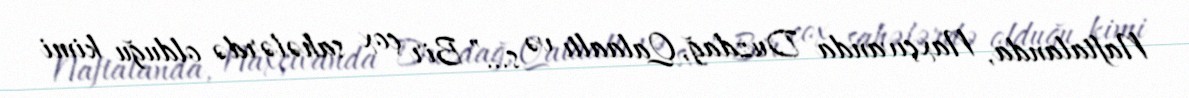
Naftalanda, Naxçıvanda Duzdağ, Qalaaltı və s…” Bir çox sahələrdə olduğu kimi